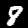
Label: 8